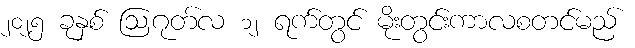
၂၀၂၅ ခုနှစ် ဩဂုတ်လ ၁၂ ရက်တွင် မိုးတွင်းကာလစတင်မည်